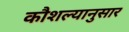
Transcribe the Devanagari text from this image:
कौशल्यानुसार